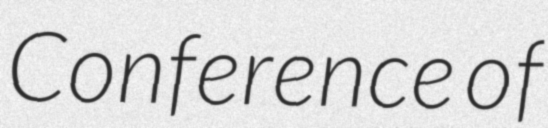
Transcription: Conference of